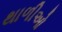
થાળીઓ